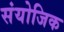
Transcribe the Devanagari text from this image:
संयोजिक